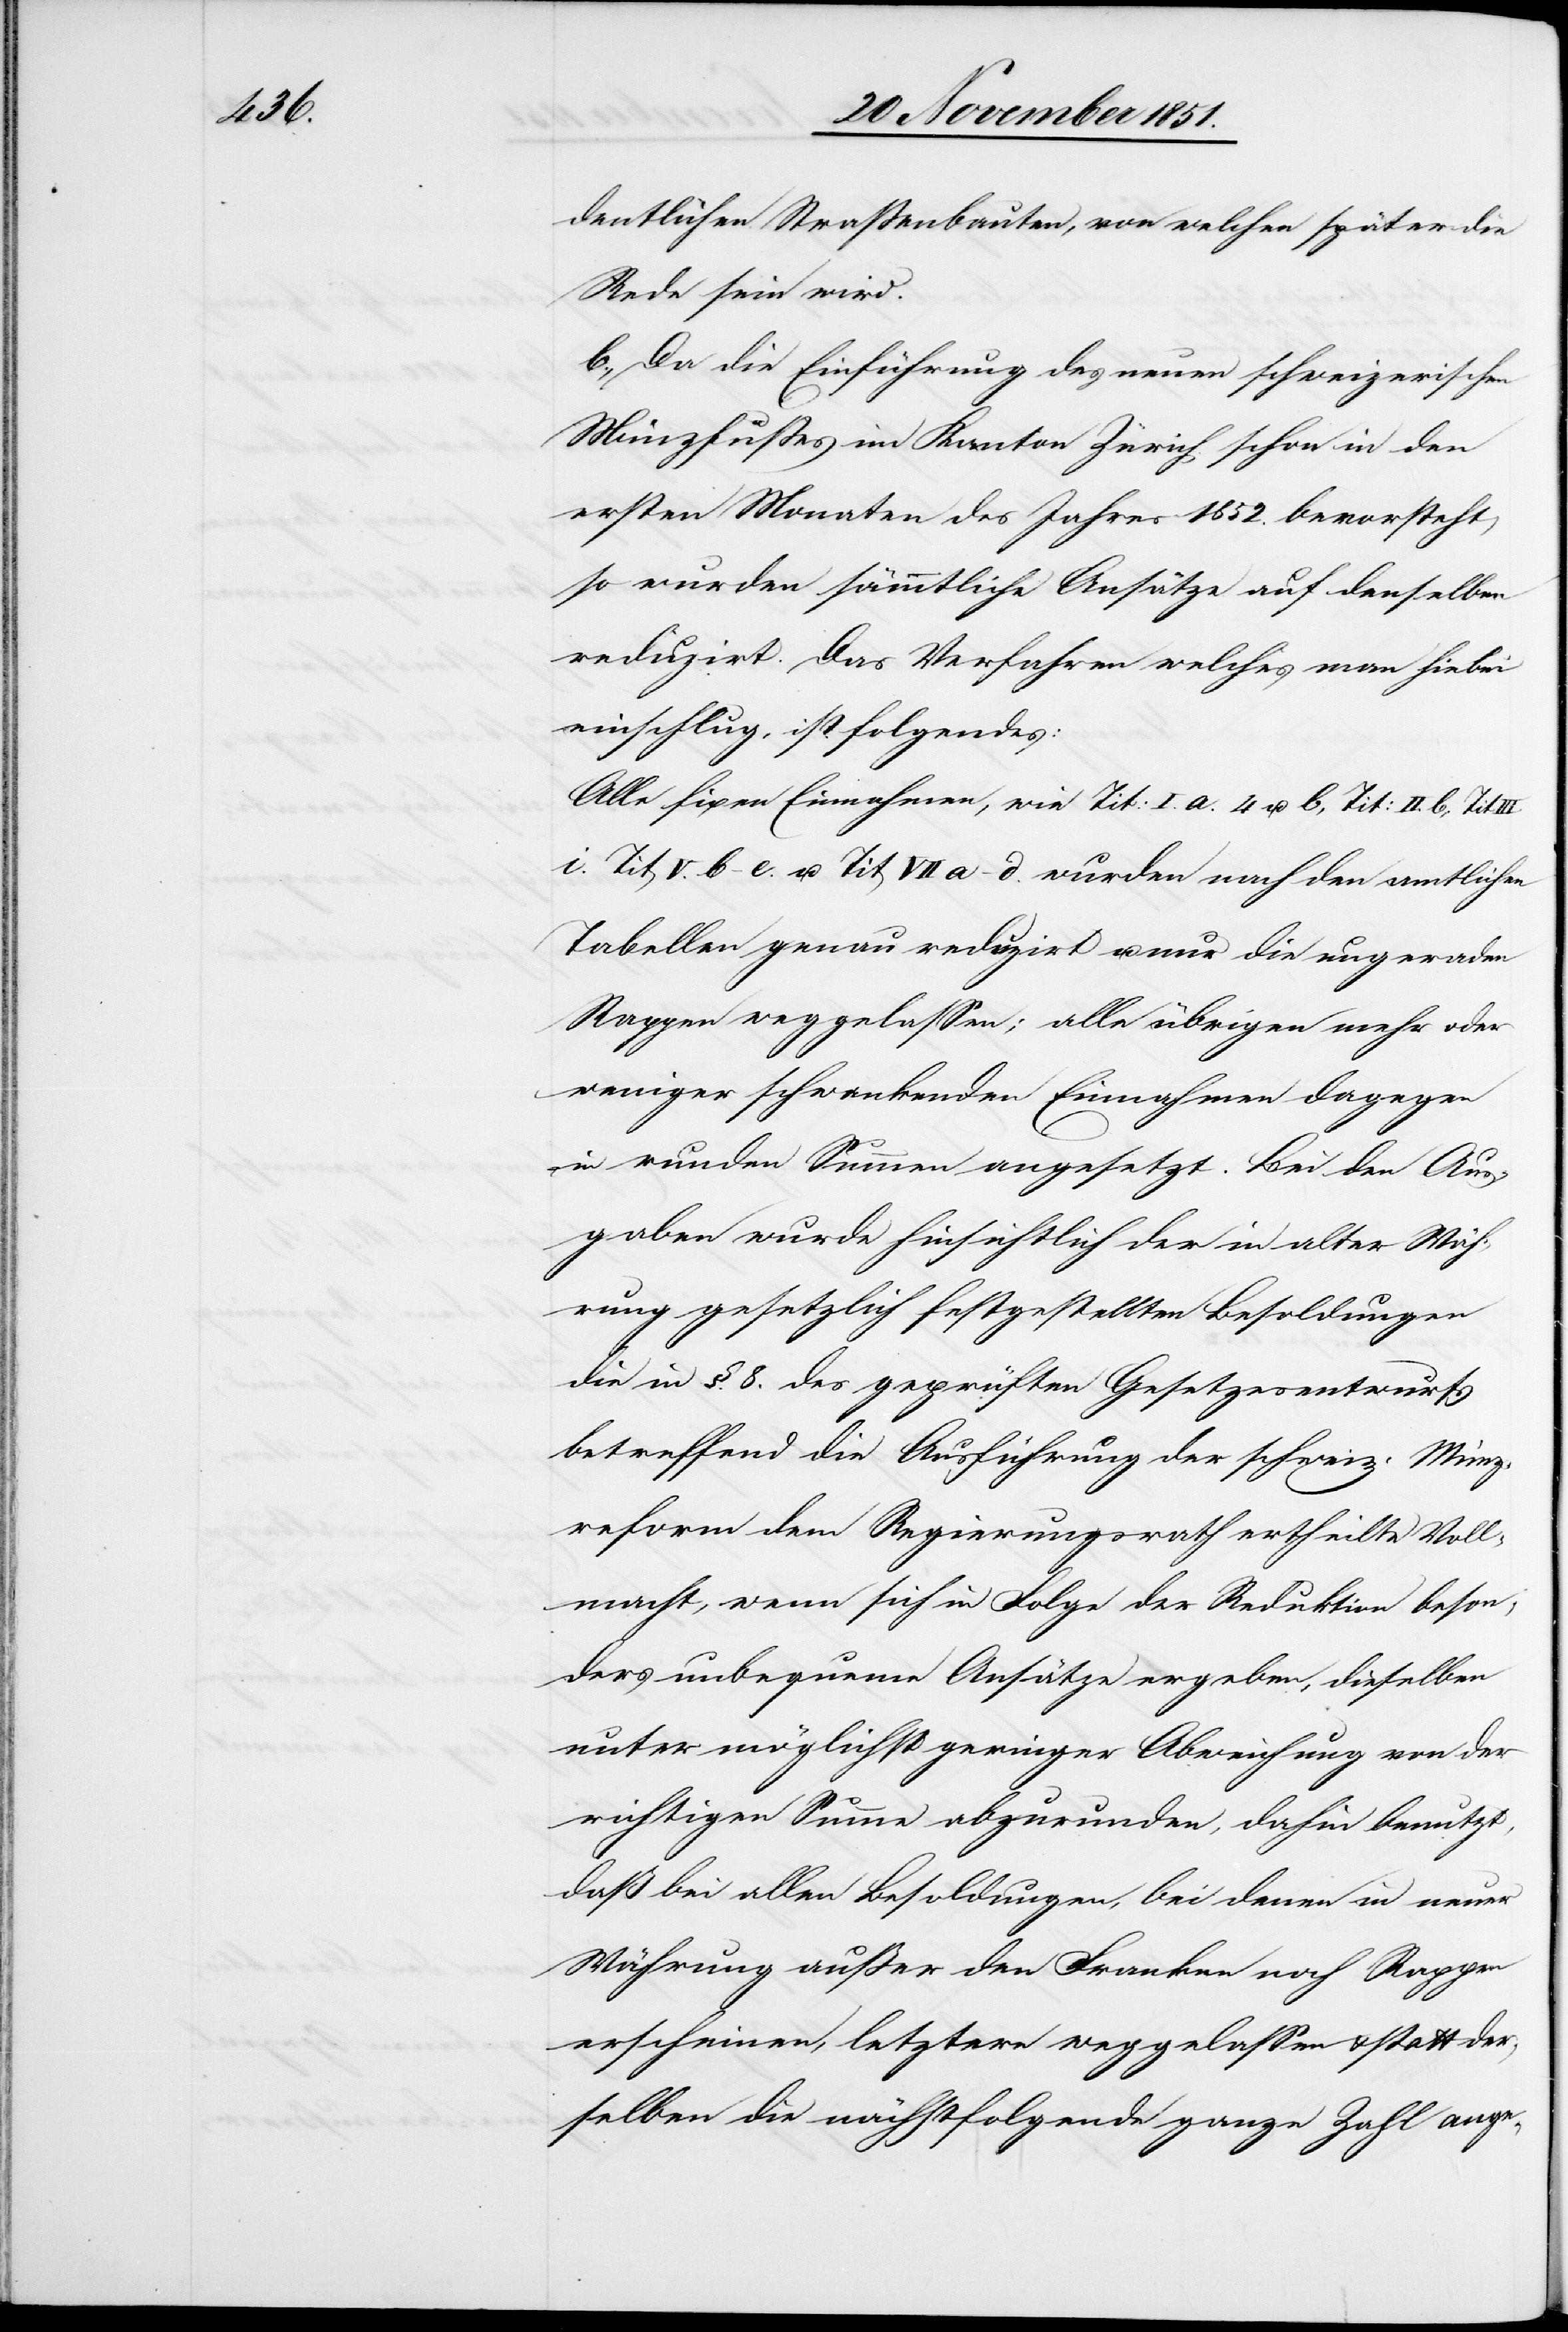
dentlichen Straßenbauten, von welchen später die
Rede sein wird.
b., Da die Einführung des neuen schweizerischen
Münzfußes im Kanton Zürich schon in den
ersten Monaten des Jahres 1852. bevorsteht,
so wurden sämmtliche Ansätze auf denselben
reduzirt. Das Verfahren welches man hiebei
einschlug, ist folgendes:
Alle fixen Einnahmen, wie Tit: I. a. 4 u. b, Tit: II. b,
Tit V. b–e. u. Tit VII a–d. wurden nach den amtlichen
Tabellen genau reduzirt u. nur die ungeraden
Rappen weggelassen; alle übrigen mehr oder
weniger schwankenden Einnahmen dagegen
in runden Summen angesetzt. Bei den Aus¬
gaben wurde hinsichtlich der in alter Wäh¬
rung gesetzlich festgestellten Besoldungen
die in §. 8. des geprüften Gesetzesentwurfs
betreffend die Ausführung der schweiz. Münz¬
reform dem Regierungsrath ertheilte Voll¬
macht, wenn sich in Folge der Reduktion beson¬
ders unbequeme Ansätze ergeben, dieselben
unter möglichst geringer Abweichung von der
richtigen Summe abzurunden, dahin benutzt,
daß bei allen Besoldungen, bei denen in neuer
Währung außer den Franken noch Rappen
erscheinen, letztere weggelassen & statt der¬
selben die nächstfolgende ganze Zahl ange-